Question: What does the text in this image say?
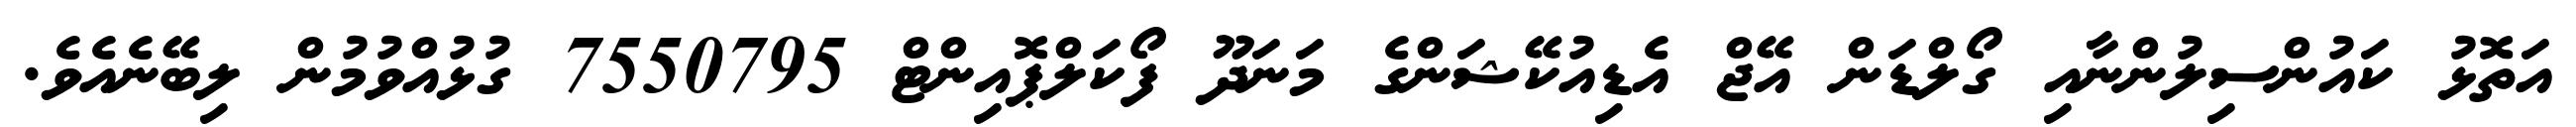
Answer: އަތޮޅު ކައުންސިލުންނާއި ގޯލްޑަން އޭޖް އެޑިއުކޭޝަންގެ މަނަދޫ ފޯކަލްޕޮއިންޓް 7550795 ގުޅުއްވުމުން ލިބޭނެއެވެ.